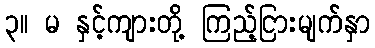
၃။ မ နှင့်ကျားတို့ ကြည့်ငြားမျက်နှာ